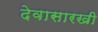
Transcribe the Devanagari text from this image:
देवासारखी